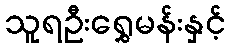
သူရဦးရွှေမန်းနှင့်